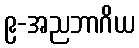
၉-အညဘာဂိယ